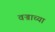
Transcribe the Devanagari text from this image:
वज्राच्या